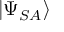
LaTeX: | \Psi _ { S A } \rangle